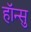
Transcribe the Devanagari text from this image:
हाॅन्सु